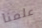
علمنا